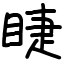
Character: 睫